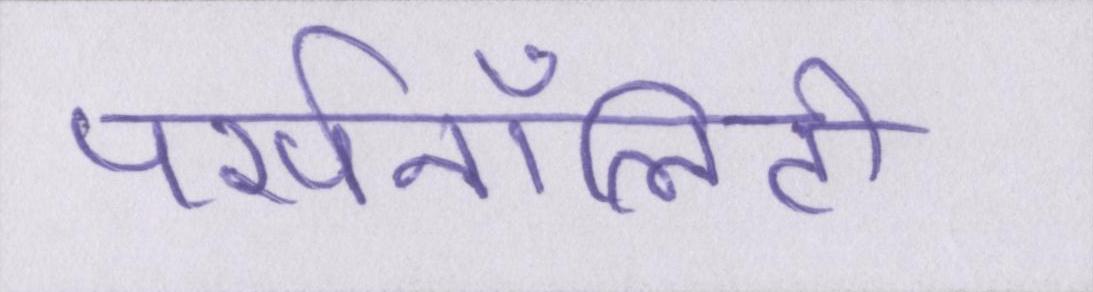
पर्सनॉलिटी